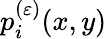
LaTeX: p_{i}^{(\varepsilon)}(x,y)